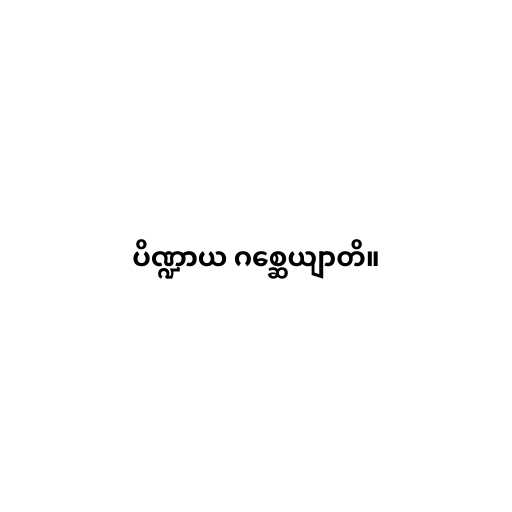
ပိဏ္ဍာယ ဂစ္ဆေယျာတိ။